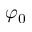
\varphi _ { 0 }